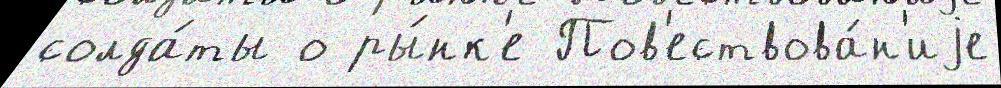
солда́ты о ры́нк'е Пов'ествова́н'иjе